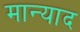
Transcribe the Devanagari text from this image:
मान्याद